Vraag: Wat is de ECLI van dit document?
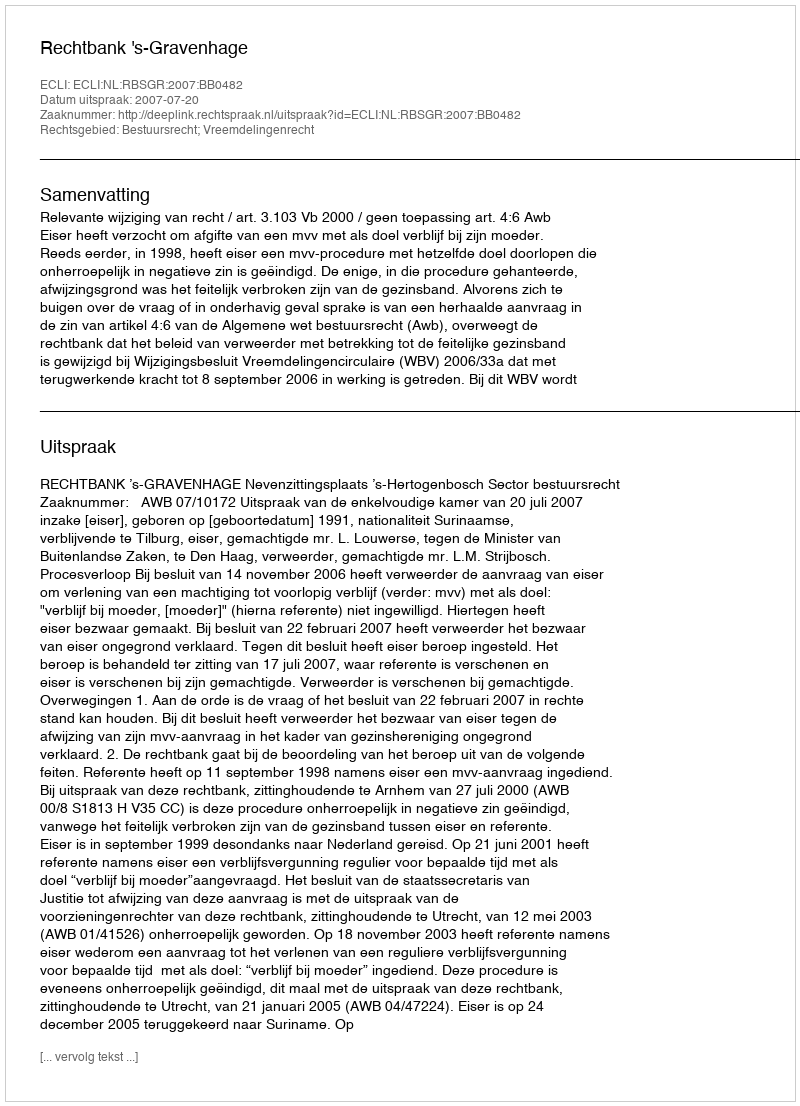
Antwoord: ECLI:NL:RBSGR:2007:BB0482